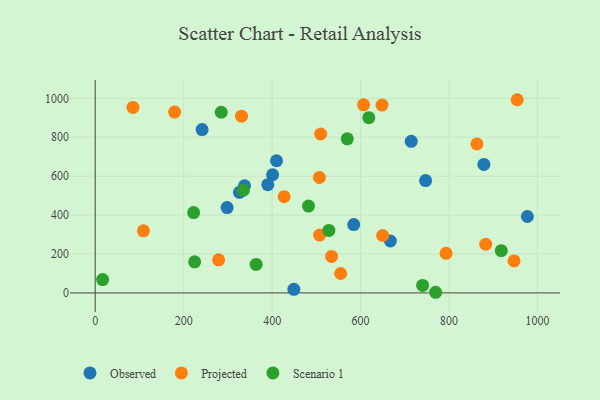
{"axis": {"x": "Speed", "y": "Sales"}, "legend": ["Observed", "Projected", "Scenario 1"], "data": [{"x": "409.9", "y": 679.3, "type": "Observed"}, {"x": "449.1", "y": 18.5, "type": "Observed"}, {"x": "746.9", "y": 577.3, "type": "Observed"}, {"x": "298.2", "y": 438.6, "type": "Observed"}, {"x": "714.5", "y": 779.2, "type": "Observed"}, {"x": "667.3", "y": 266.8, "type": "Observed"}, {"x": "401.0", "y": 607.4, "type": "Observed"}, {"x": "584.4", "y": 351.2, "type": "Observed"}, {"x": "326.2", "y": 517.2, "type": "Observed"}, {"x": "337.5", "y": 550.9, "type": "Observed"}, {"x": "878.7", "y": 660.2, "type": "Observed"}, {"x": "241.7", "y": 839.6, "type": "Observed"}, {"x": "977.0", "y": 392.8, "type": "Observed"}, {"x": "390.2", "y": 556.4, "type": "Observed"}, {"x": "179.5", "y": 929.3, "type": "Projected"}, {"x": "954.0", "y": 993.0, "type": "Projected"}, {"x": "85.4", "y": 953.3, "type": "Projected"}, {"x": "606.7", "y": 966.8, "type": "Projected"}, {"x": "793.2", "y": 203.4, "type": "Projected"}, {"x": "509.7", "y": 816.7, "type": "Projected"}, {"x": "507.4", "y": 297.2, "type": "Projected"}, {"x": "279.0", "y": 169.9, "type": "Projected"}, {"x": "946.8", "y": 164.6, "type": "Projected"}, {"x": "506.9", "y": 593.2, "type": "Projected"}, {"x": "534.4", "y": 187.4, "type": "Projected"}, {"x": "330.8", "y": 908.6, "type": "Projected"}, {"x": "862.9", "y": 766.0, "type": "Projected"}, {"x": "648.4", "y": 965.7, "type": "Projected"}, {"x": "109.1", "y": 319.0, "type": "Projected"}, {"x": "554.9", "y": 99.7, "type": "Projected"}, {"x": "882.8", "y": 250.1, "type": "Projected"}, {"x": "649.9", "y": 295.2, "type": "Projected"}, {"x": "427.2", "y": 494.5, "type": "Projected"}, {"x": "335.0", "y": 527.6, "type": "Scenario 1"}, {"x": "528.3", "y": 321.2, "type": "Scenario 1"}, {"x": "363.9", "y": 146.4, "type": "Scenario 1"}, {"x": "769.6", "y": 3.3, "type": "Scenario 1"}, {"x": "16.8", "y": 68.4, "type": "Scenario 1"}, {"x": "285.0", "y": 928.6, "type": "Scenario 1"}, {"x": "569.8", "y": 792.2, "type": "Scenario 1"}, {"x": "224.8", "y": 160.0, "type": "Scenario 1"}, {"x": "918.0", "y": 217.2, "type": "Scenario 1"}, {"x": "222.5", "y": 412.9, "type": "Scenario 1"}, {"x": "482.2", "y": 446.6, "type": "Scenario 1"}, {"x": "618.5", "y": 900.5, "type": "Scenario 1"}, {"x": "740.2", "y": 38.7, "type": "Scenario 1"}]}